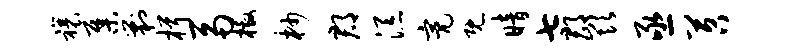
禳集剿楫鬲檄杪郡添亮既暗七郡欺亟苕